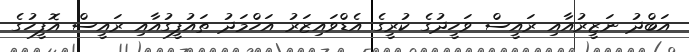
އަބްދު ނަޒީރުއާއި ރައީސް ވަހީދުގެ ކުރީގެ އެޑްވައިޒަރު އަހްމަދު ތައުފީގުއާއި ރައީސް އޮފީހުގެ